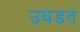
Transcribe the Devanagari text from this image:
उघडतं